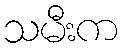
သမီးက